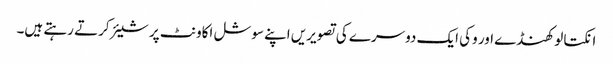
انکتا لوکھنڈے اور وکی ایک دوسرے کی تصویریں اپنے سوشل اکاونٹ پر شیئر کرتے رہتے ہیں۔